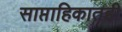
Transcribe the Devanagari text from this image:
साप्ताहिकातही